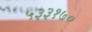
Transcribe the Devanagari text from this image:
५३३१७०